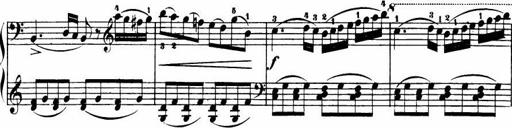
Title: Le bouquetier
Composer: Anton Diabelli
Key: G major
 C major
 F major
 C major